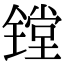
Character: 镗